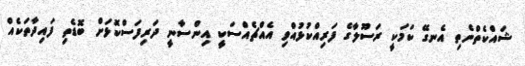
ޝައްކެތްނެތި އެނގޭ ކަމަކީ ރަސޫލާގެ ފަރިއްކުޅުއްވި އެއްޗެއްސަކީ އިންސާނީ ދަރިފަސްކޮޅަށް ބޮޑެތި ފައިދާތަކެއް